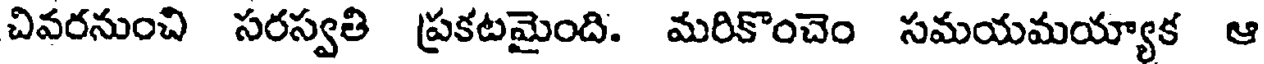
చివరనుంచి సరస్వతి ప్రకటమైంది. మరికొంచెం సమయమయ్యాక ఆ